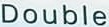
Double